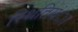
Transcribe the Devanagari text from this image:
स्थितियंा